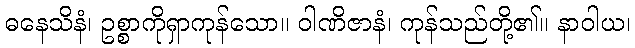
ဓနေသိနံ၊ ဥစ္စာကိုရှာကုန်သော။ ဝါဏိဇာနံ၊ ကုန်သည်တို့၏။ နာဝါယ၊